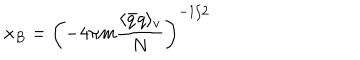
x _ { B } = \left( - 4 \pi m \frac { \langle \bar { q } q \rangle _ { v } } { N } \right) ^ { - 1 / 2 }